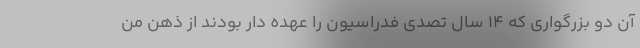
آن دو بزرگواری که 14 سال تصدی فدراسیون را عهده دار بودند از ذهن من